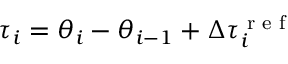
\tau _ { i } = \theta _ { i } - \theta _ { i - 1 } + \Delta \tau _ { i } ^ { \textrm { r e f } }